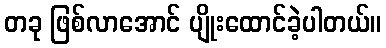
တခု ဖြစ်လာအောင် ပျိုးထောင်ခဲ့ပါတယ်။